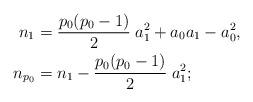
LaTeX: \begin{align*}n_1 &= \frac{p_0(p_0-1)}2\;a_1^2 + a_0a_1 -a_0^2, \\n_{p_0}&=n_1 - \frac{p_0(p_0-1)}2\; a_1^2;\end{align*}